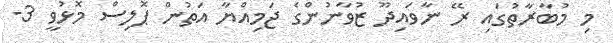
މި މުބާރާތުގައި ރޭ ނާވައިދޫ ޒުވާނުންގެ ޖަމިއްޔާ އަތުން ޕޮލިސް މޮޅުވީ 3-